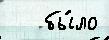
   бы́ло